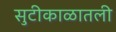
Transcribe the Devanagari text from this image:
सुटीकाळातली